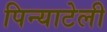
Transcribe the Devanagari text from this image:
पिन्याटेली